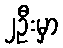
၂ဦးမှာ